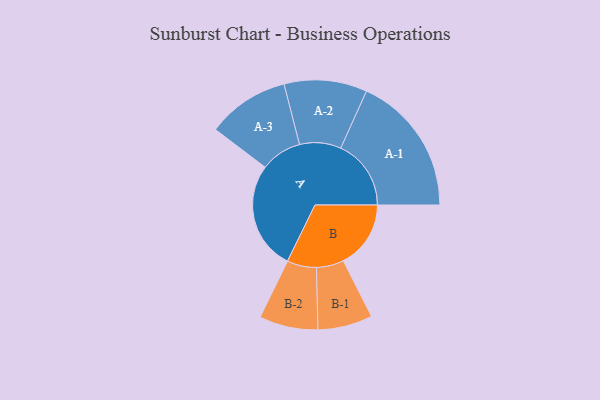
{"axis": {"x": "Segment", "y": "Value"}, "legend": ["", "A", "B"], "data": [{"x": "A", "y": 423, "type": ""}, {"x": "B", "y": 264, "type": ""}, {"x": "A-1", "y": 275, "type": "A"}, {"x": "A-2", "y": 162, "type": "A"}, {"x": "A-3", "y": 161, "type": "A"}, {"x": "B-1", "y": 107, "type": "B"}, {"x": "B-2", "y": 115, "type": "B"}]}